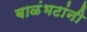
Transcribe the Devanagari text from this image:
बाळंभटांनी